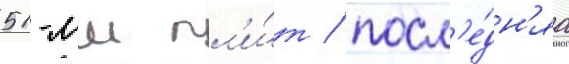
51-мм пл'и́т / посл'е́дн'яа